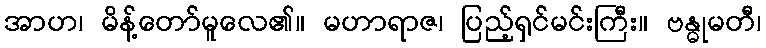
အာဟ၊ မိန့်တော်မူလေ၏။ မဟာရာဇ၊ ပြည့်ရှင်မင်းကြီး။ ဗန္ဓုမတီ၊